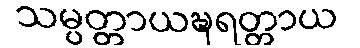
သမ္ပတ္တာယဍ္ဎရတ္တာယ